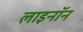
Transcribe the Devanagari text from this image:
लाइनॉन